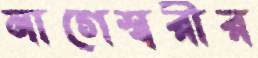
নাগেশ্বরীর